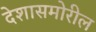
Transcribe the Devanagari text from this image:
देशासमोरील